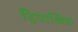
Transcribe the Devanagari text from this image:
द्विपाश्र्विक